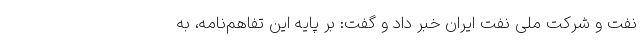
نفت و شرکت ملی نفت ایران خبر داد و گفت: بر پایه این تفاهم‌نامه، به